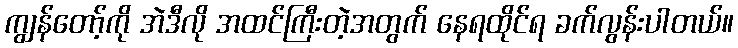
ကျွန်တော့်ကို အဲဒီလို အထင်ကြီးတဲ့အတွက် နေရထိုင်ရ ခက်လွန်းပါတယ်။